Report of an investigation of the epidemic of malarial fever in Assam, or, kala-azar
Disease focus: Malaria
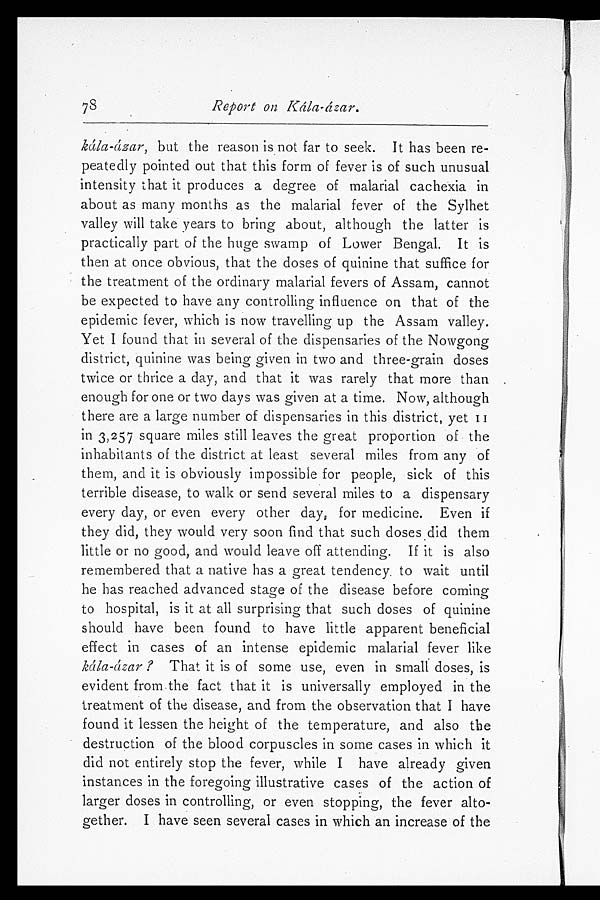
Report on Kála-ázar.
kála-ázar, but the reason is not far to seek. It has been re-
peatedly pointed out that this form of fever is of such unusual
intensity that it produces a degree of malarial cachexia in
about as many months as the malarial fever of the Sylhet
valley will take years to bring about, although the latter is
practically part of the huge swamp of Lower Bengal. It is
then at once obvious, that the doses of quinine that suffice for
the treatment of the ordinary malarial fevers of Assam, cannot
be expected to have any controlling influence on that of the
epidemic fever, which is now travelling up the Assam valley.
Yet I found that in several of the dispensaries of the Nowgong
district, quinine was being given in two and three-grain doses
twice or thrice a day, and that it was rarely that more than
enough for one or two days was given at a time. Now, although
there are a large number of dispensaries in this district, yet 11
in 3,257 square miles still leaves the great proportion of the
inhabitants of the district at least several miles from any of
them, and it is obviously impossible for people, sick of this
terrible disease, to walk or send several miles to a dispensary
every day, or even every other day, for medicine. Even if
they did, they would very soon find that such doses did them
little or no good, and would leave off attending. If it is also
remembered that a native has a great tendency to wait until
he has reached advanced stage of the disease before coming
to hospital, is it at all surprising that such doses of quinine
should have been found to have little apparent beneficial
effect in cases of an intense epidemic malarial fever like
kála-ázar?T h a t i t i s o f s o m e u s e , e v e n i n s m a l l d o s e s , i s
evident from the fact that it is universally employed in the
treatment of the disease, and from the observation that I have
found it lessen the height of the temperature, and also the
destruction of the blood corpuscles in some cases in which it
did not entirely stop the fever, while I have already given
instances in the foregoing illustrative cases of the action of
larger doses in controlling, or even stopping, the fever alto-
gether. I have seen several cases in which an increase of the